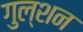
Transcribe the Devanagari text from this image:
गुल्शन